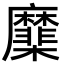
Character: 𢌑